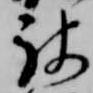
被